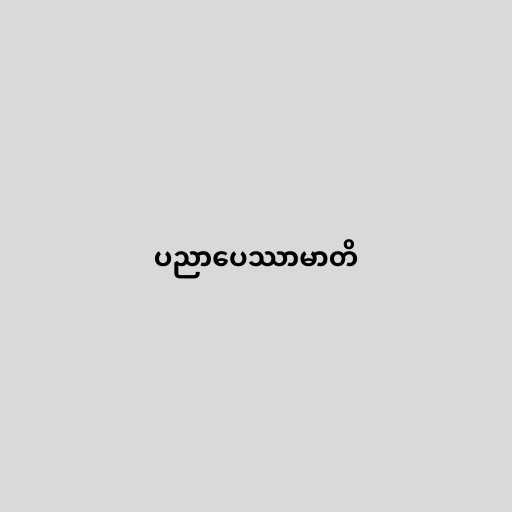
ပညာပေဿာမာတိ